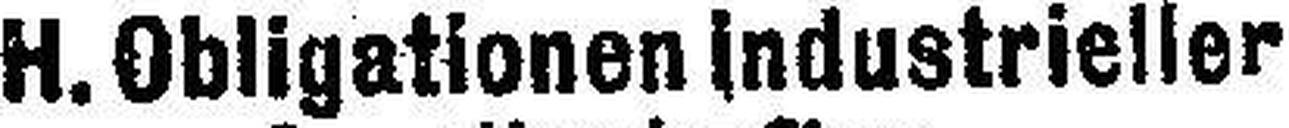
H. Obligationen industrieller